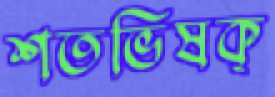
শতভিষক্‌